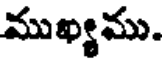
ముఖ్యము.